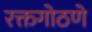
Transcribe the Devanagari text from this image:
रक्तगोठणे